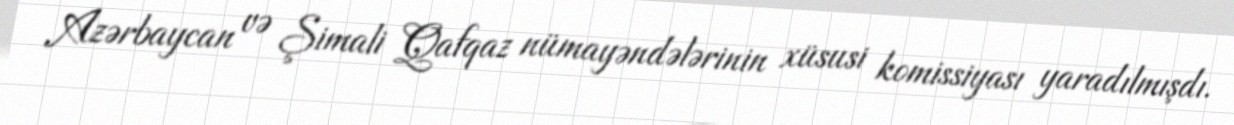
Azərbaycan və Şimali Qafqaz nümayəndələrinin xüsusi komissiyası yaradılmışdı.